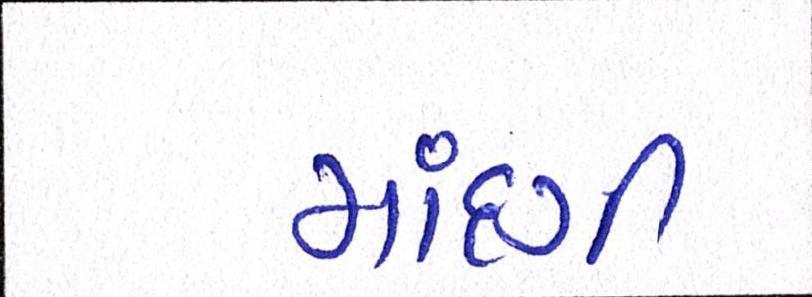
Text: માંદગી